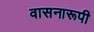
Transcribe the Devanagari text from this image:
वासनारूपी